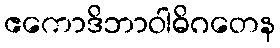
ဧကောဒိဘာဝါဓိဂတေန